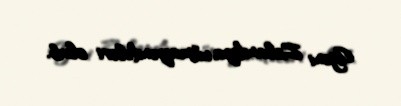
Yeni Zelandiya nümayəndələri olub.